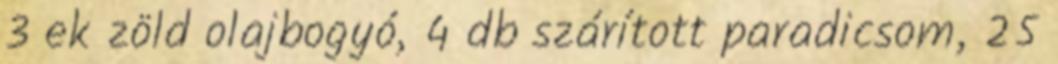
3 ek zöld olajbogyó, 4 db szárított paradicsom, 25